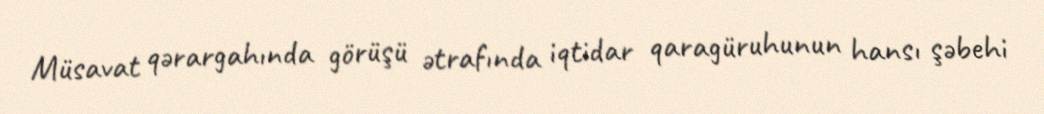
Müsavat qərargahında görüşü ətrafında iqtidar qaragüruhunun hansı şəbehi